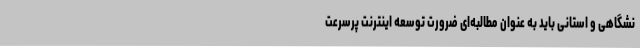
نشگاهی و استانی باید به عنوان مطالبه‌ای ضرورت توسعه اینترنت پرسرعت